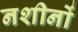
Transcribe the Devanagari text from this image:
नशीनों